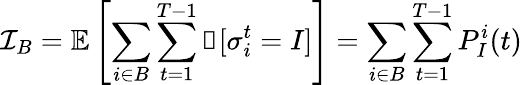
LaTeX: \mathcal{I}_{B}=\mathbb{E}\left[\sum_{i\in B}\sum_{t=1}^{T-1}\mathbb{1}[\sigma_{i}^{t}=I]\right]=\sum_{i\in B}\sum_{t=1}^{T-1}P_{I}^{i}(t)